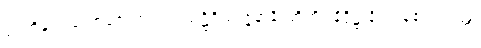
ပုဒ်တို့နှင့်။ ယောဇေတွာ၊ ၍။ သဋ္ဌိဝိဿဇ္ဇနာနိ၊ တို့ကို။ နိဒ္ဒိဋ္ဌာနိ၊ ကုန်၏။ တတ္ထ၊